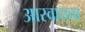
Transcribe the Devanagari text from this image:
आस्वाद्यता